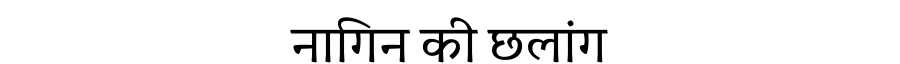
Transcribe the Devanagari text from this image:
नागिन की छलांग